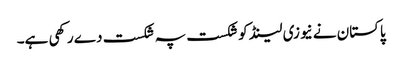
پاکستان نے نیوزی لینڈ کو شکست پہ شکست دے رکھی ہے۔